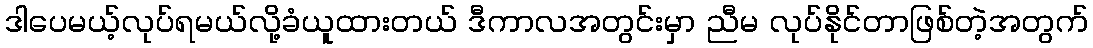
ဒါပေမယ့်လုပ်ရမယ်လို့ခံယူထားတယ် ဒီကာလအတွင်းမှာ ညီမ လုပ်နိုင်တာဖြစ်တဲ့အတွက်